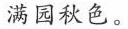
满园秋色。